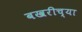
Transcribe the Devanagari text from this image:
बखरीच्या